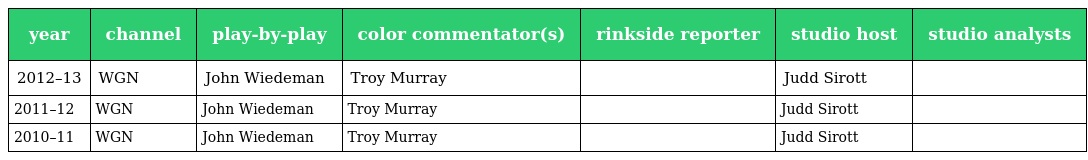
| year | channel | play-by-play | color commentator(s) | rinkside reporter | studio host | studio analysts |
 | --- | --- | --- | --- | --- | --- | --- |
 | 2012–13 | WGN | John Wiedeman | Troy Murray |  | Judd Sirott |  |
 | 2011–12 | WGN | John Wiedeman | Troy Murray |  | Judd Sirott |  |
 | 2010–11 | WGN | John Wiedeman | Troy Murray |  | Judd Sirott |  |